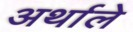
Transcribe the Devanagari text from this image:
अर्थाले